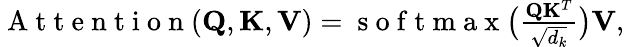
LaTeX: \begin{array}{r}{\mathrm{~A~t~t~e~n~t~i~o~n~}(\mathbf{Q},\mathbf{K},\mathbf{V})=\mathrm{~s~o~f~t~m~a~x~}\big(\frac{\mathbf{Q}\mathbf{K}^{T}}{\sqrt{d_{k}}}\big)\mathbf{V},}\end{array}